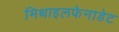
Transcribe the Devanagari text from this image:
मिथाइलफेनाडेट